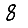
Digit: 8